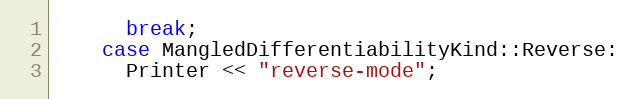
Language: C++
      break;
    case MangledDifferentiabilityKind::Reverse:
      Printer << "reverse-mode";